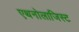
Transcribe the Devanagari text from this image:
एथनोलाजिस्ट